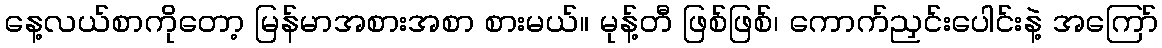
နေ့လယ်စာကိုတော့ မြန်မာအစားအစာ စားမယ်။ မုန့်တီ ဖြစ်ဖြစ်၊ ကောက်ညှင်းပေါင်းနဲ့ အကြော်